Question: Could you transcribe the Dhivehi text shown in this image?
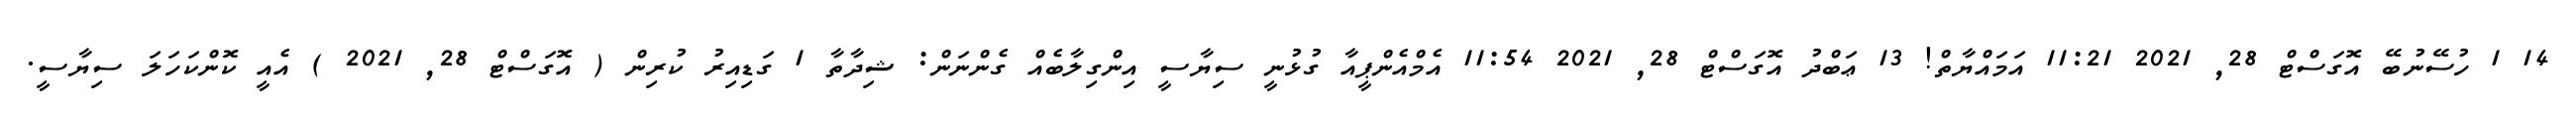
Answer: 14 1 ހުސޭނުބޭ އޮގަސްޓް 28, 2021 11:21 އަމައްޔާތް! 13 ޢަބްދު އޮގަސްޓް 28, 2021 11:54 އެމްއެންޕީއާ ގުޅުނީ ސިޔާސީ އިންގިލާބެއް ގެންނަން: ޝިދާތާ 1 ގަޑިއިރު ކުރިން ( އޮގަސްޓް 28, 2021 ) އެއީ ކޮންކަހަލަ ސިޔާސީ.